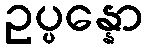
ဥပ္ပန္နော